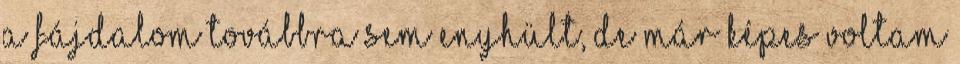
A fájdalom továbbra sem enyhült, de már képes voltam